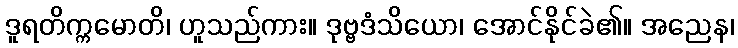
ဒူရတိက္ကမောတိ၊ ဟူသည်ကား။ ဒုဗ္ဗဒံသိယော၊ အောင်နိုင်ခဲ၏။ အညေန၊